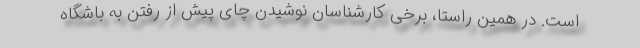
است. در همین راستا، برخی کارشناسان نوشیدن چای پیش از رفتن به باشگاه